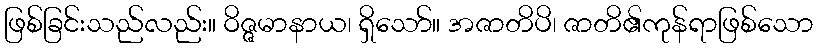
ဖြစ်ခြင်းသည်လည်း။ ဝိဇ္ဇမာနာယ၊ ရှိသော်။ အဇာတိပိ၊ ဇာတိ၏ကုန်ရာဖြစ်သော